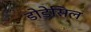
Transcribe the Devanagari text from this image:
डोडेसिल